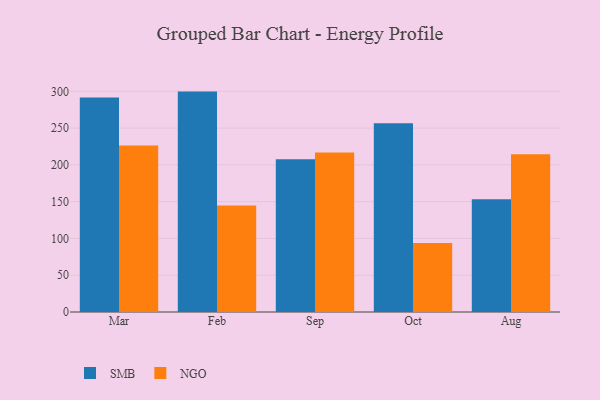
{"axis": {"x": "Month", "y": "Satisfaction Score"}, "legend": ["NGO", "SMB"], "data": [{"x": "Mar", "y": 291.7, "type": "SMB"}, {"x": "Mar", "y": 226.5, "type": "NGO"}, {"x": "Feb", "y": 299.6, "type": "SMB"}, {"x": "Feb", "y": 144.7, "type": "NGO"}, {"x": "Sep", "y": 207.6, "type": "SMB"}, {"x": "Sep", "y": 216.8, "type": "NGO"}, {"x": "Oct", "y": 256.5, "type": "SMB"}, {"x": "Oct", "y": 93.7, "type": "NGO"}, {"x": "Aug", "y": 153.3, "type": "SMB"}, {"x": "Aug", "y": 214.3, "type": "NGO"}]}